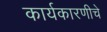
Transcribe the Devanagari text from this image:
कार्यकारणीचे